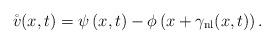
LaTeX: \begin{align*} \mathring{v}(x,t) = \psi\left(x,t\right) - \phi\left(x + \gamma_{\mathrm{nl}}(x,t)\right). \end{align*}